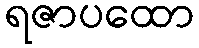
ရဇာပထော